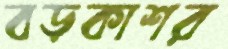
বড়কাশর